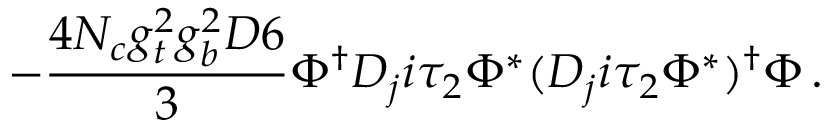
- \frac { 4 N _ { c } g _ { t } ^ { 2 } g _ { b } ^ { 2 } D 6 } { 3 } \Phi ^ { \dag } D _ { j } i \tau _ { 2 } \Phi ^ { * } ( D _ { j } i \tau _ { 2 } \Phi ^ { * } ) ^ { \dag } \Phi \, .